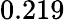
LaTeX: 0.219